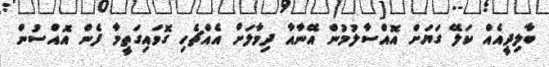
ބާލިދީއެއް ކަލޭ ގަޔަށް އޮއްސާލުމުން އޭނާއާ ދިމާލަށް އެއްޗެހި ގޮވައިގަތީމާ ފެން އޮއްސުން